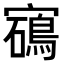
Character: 𡫰